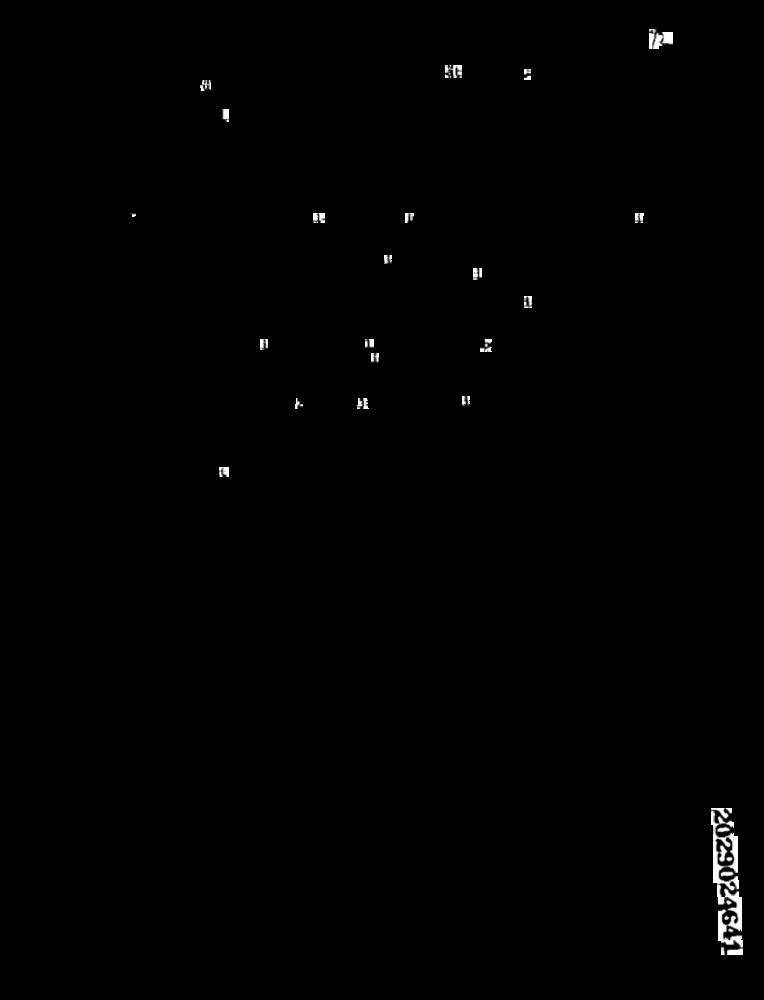
E
2029024641